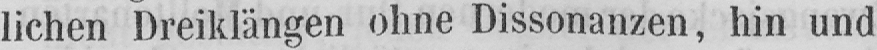
lichen Dreiklängen ohne Dissonanzen, hin und